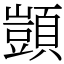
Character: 顗